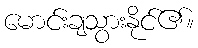
မောင်းချသွားနိုင်၏။